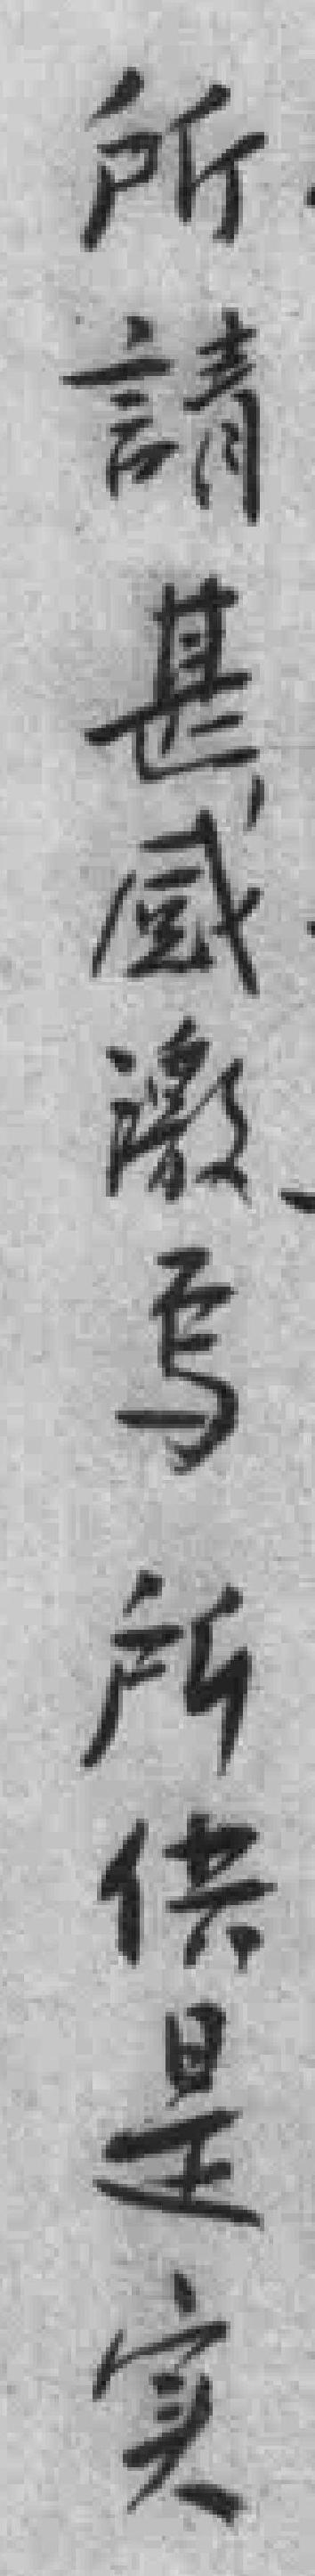
所請甚感激焉所供是实